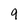
Character: 9